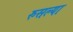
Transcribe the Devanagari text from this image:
रुसल्या